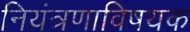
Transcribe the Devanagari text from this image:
नियंत्रणाविषयक